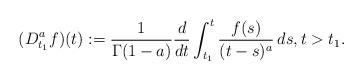
LaTeX: \begin{align*} (D_{t_1}^a f)(t) := \frac1{\Gamma(1-a)} \frac d{dt} \int_{t_1}^t \frac{f(s)}{(t-s)^a} \, ds, t > t_1. \end{align*}